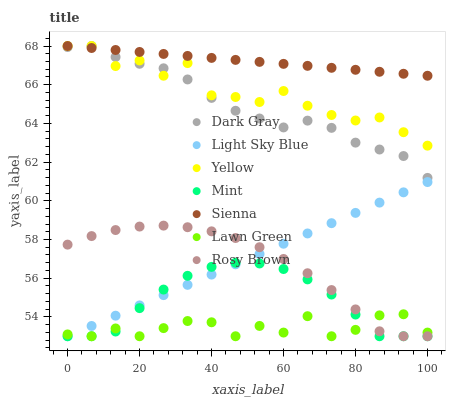
| xaxis_label | Dark Gray | Light Sky Blue | Yellow | Mint | Sienna | Lawn Green | Rosy Brown |
 | --- | --- | --- | --- | --- | --- | --- | --- |
 | 0 | 67.9 | 53 | 68 | 53 | 68 | 53.1 | 57.7 |
 | 6.67 | 68 | 53.5 | 68 | 53 | 67.9 | 53 | 58.2 |
 | 13.3 | 67.4 | 54.1 | 67 | 53.2 | 67.8 | 53.4 | 58.5 |
 | 20 | 67.1 | 54.6 | 67.3 | 54.5 | 67.7 | 53 | 58.7 |
 | 26.7 | 66.8 | 55.1 | 66.5 | 55.4 | 67.6 | 53.4 | 58.7 |
 | 33.3 | 66.3 | 55.7 | 67.1 | 56.1 | 67.5 | 53.8 | 58.6 |
 | 40 | 65.3 | 56.2 | 65.5 | 56.6 | 67.4 | 53.7 | 58.4 |
 | 46.7 | 64.7 | 56.7 | 65.4 | 56.8 | 67.3 | 53 | 58.1 |
 | 53.3 | 64.3 | 57.3 | 65.1 | 56.8 | 67.2 | 53.5 | 57.6 |
 | 60 | 63.8 | 57.8 | 65.7 | 56.5 | 67.1 | 53.2 | 57 |
 | 66.7 | 64.1 | 58.3 | 64.9 | 55.9 | 67 | 54 | 56.3 |
 | 73.3 | 63.8 | 58.8 | 64.4 | 55.2 | 66.9 | 53 | 55.4 |
 | 80 | 63 | 59.4 | 64.2 | 54.1 | 66.8 | 53.3 | 54.4 |
 | 86.7 | 62.7 | 59.9 | 64.3 | 53 | 66.7 | 54.1 | 53.3 |
 | 93.3 | 62.3 | 60.4 | 63.5 | 53 | 66.6 | 54.1 | 53 |
 | 100 | 61.2 | 61 | 62.9 | 53 | 66.5 | 53.2 | 53 |